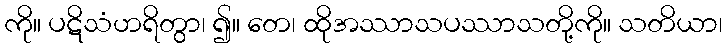
ကို။ ပဋိသံဟရိတွာ၊ ၍။ တေ၊ ထိုအဿာသပဿာသတို့ကို။ သတိယာ၊